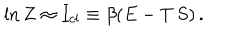
\ln Z \approx I _ { c l } \equiv \beta ( E - T \, S ) \, .